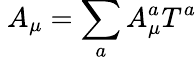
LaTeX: \ A_{\mu}=\sum_{a}A_{\mu}^{a}T^{a}